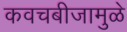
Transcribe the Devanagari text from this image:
कवचबीजामुळे